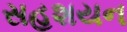
સહશયન